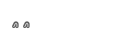
٢٩